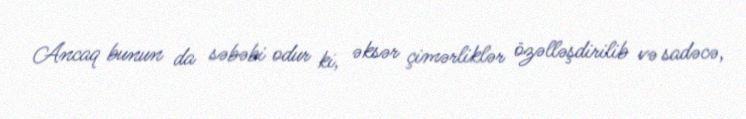
Ancaq bunun da səbəbi odur ki, əksər çimərliklər özəlləşdirilib və sadəcə,